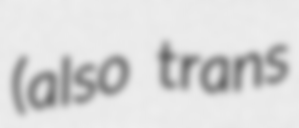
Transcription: (also trans